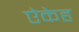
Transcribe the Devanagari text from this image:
ऐकेह